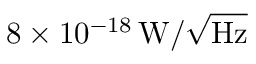
8 \times 1 0 ^ { - 1 8 } \, \mathrm { W } / \sqrt { \mathrm { H z } }